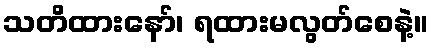
သတိထားနော်၊ ရထားမလွတ်စေနဲ့။